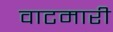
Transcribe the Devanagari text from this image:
वाटमारी